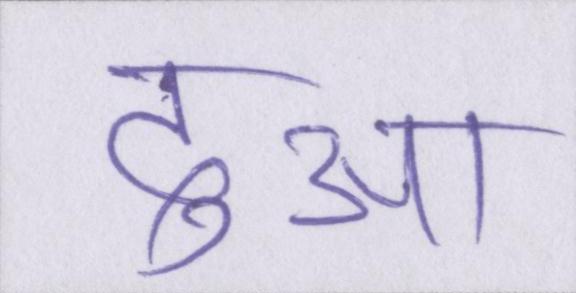
दुआ